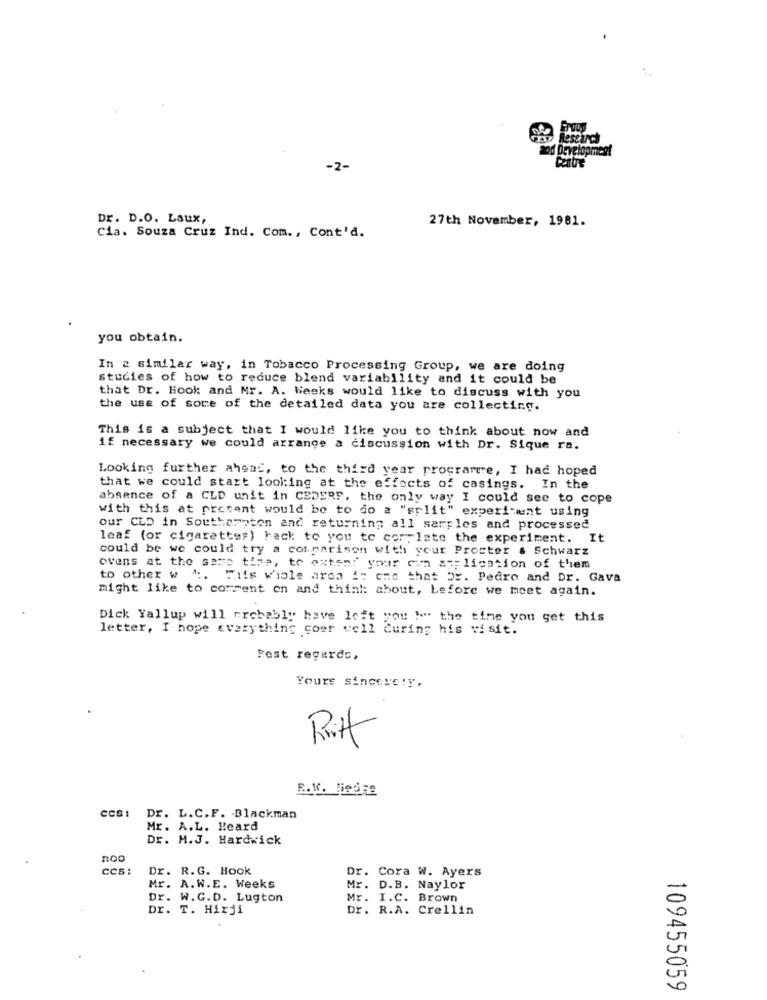
Research
-2-
Centre
Dr. D.O. Laux,
27th November, 1981.
Cia. Souza Cruz Ind. Com ., Cont'd.
you obtain.
In a similar way, in Tobacco Processing Group, we are doing
studies of how to reduce blend variability and it could be
that Dr. Hook and Mr. A. Weeks would like to discuss with you
the use of some of the detailed data you are collecting.
This is a subject that I would like you to think about now and
if necessary we could arrange a discussion with Dr. Sique ra.
Looking further ahead, to the third year programte, I had hoped
that we could start looking at the effects of casings. In the
absence of a CLD unit in CEDERF. the only way I could see to cope
with this at present would be to do a "srlit" experiment using
our CLD in Southampton and returning all sarples and processed
leaf (or cigarettes) back to you to complete the experiment. It
could be we could try a comparison with your Procter & Schwarz
ovens at the same time, to extend your cm application of them
to other w
. Wits whole aroa i: one that Dr. Pedro and Dr. Gava
might like to comment on and think about, before we meet again.
Dick Yallup will probably have loft you !" the time you get this
letter, I hope everything coer well during his visit.
Best regards,
Yours sincerely,
R. W. Begge
CCS:
Dr. L.C.F. - Blackman
Mr. A.L. Heard
Dr. M.J. Hardwick
noo
CCS:
Dr. R.G. Hook
Dr. Cora W. Ayers
Mr. A.W.E. Weeks
Mr. D.B. Naylor
Dr. W.G.D. Lugton
Mr. I.C. Brown
Dr. T. Hirji
Dr. R.A. Crellin
109455059